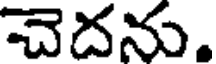
చెదను.